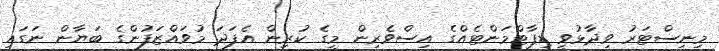
މިނިސްޓަރު ވިދާޅުވީ ޑިޕާޓްމަންޓެއްގެ އިސްވެރިން މީގެ ކުރިން އެފަދަ މުވައްޒަފުންގެ ބަޔާން ނަގައި